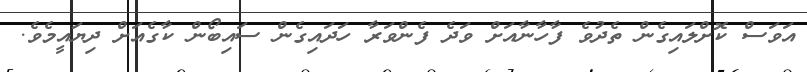
އަވަސް ކޮށްލައިގެން ތެދުވެ ފާހާނާއަށް ވަދެ ފެންވަރާ ހަދައިގެން ސައިބޯން ކާގެއަށް ދިޔައީމެވެ.